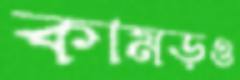
কামড়ও